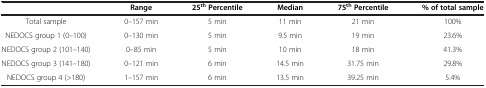
<table><thead><tr><td><b> </b></td><td><b>Range</b></td><td><b>25<sup>th </sup>Percentile</b></td><td><b>Median</b></td><td><b>75<sup>th </sup>Percentile</b></td><td><b>% of total sample</b></td></tr></thead><tbody><tr><td>Total sample</td><td>0–157 min</td><td>5 min</td><td>11 min</td><td>21 min</td><td>100%</td></tr><tr><td>NEDOCS group 1 (0–100)</td><td>0–130 min</td><td>5 min</td><td>9.5 min</td><td>19 min</td><td>23.6%</td></tr><tr><td>NEDOCS group 2 (101–140)</td><td>0–85 min</td><td>5 min</td><td>10 min</td><td>18 min</td><td>41.3%</td></tr><tr><td>NEDOCS group 3 (141–180)</td><td>0–121 min</td><td>6 min</td><td>14.5 min</td><td>31.75 min</td><td>29.8%</td></tr><tr><td>NEDOCS group 4 (&gt;180)</td><td>1–157 min</td><td>6 min</td><td>13.5 min</td><td>39.25 min</td><td>5.4%</td></tr></tbody></table>